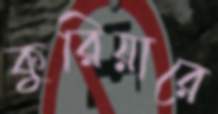
কুরিয়ারে